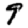
Digit: 9